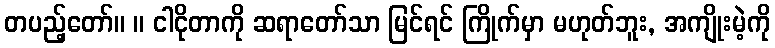
တပည့်တော်။ ။ ငါငိုတာကို ဆရာတော်သာ မြင်ရင် ကြိုက်မှာ မဟုတ်ဘူး, အကျိုးမဲ့ကို